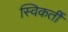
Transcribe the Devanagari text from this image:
स्विकर्ती